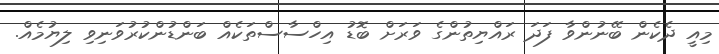
މިއީ ދެކެން ބޭނުންވާ ފަދަ ރައްޔިތުންގެ ވަރަށް ބޮޑު އިހްސާސްތަކެއް ބަންޑުންކުރުވަނިވި ލިޔުމެއް.